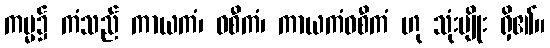
ကမ္မ၌ ကံသည် ကာယကံ၊ ဝစီကံ၊ ကာယကံဝစီကံ ဟု သုံးမျိုး ရှိ၏။